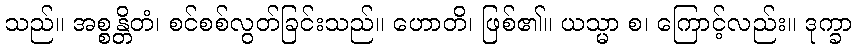
သည်။ အစ္စန္တိတံ၊ စင်စစ်လွတ်ခြင်းသည်။ ဟောတိ၊ ဖြစ်၏။ ယသ္မာ စ၊ ကြောင့်လည်း။ ဒုက္ခာ